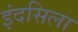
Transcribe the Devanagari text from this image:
इंदसिला